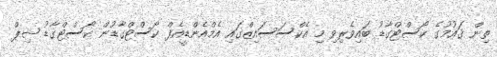
ތިން ޤައުމުގެ ކޯސްޓްގާޑު ބައިވެރިވި މި އެކްސަސައިޒްގައި އެމްއެންޑީއެފް ކޯސްޓްގާޑުން ކޯސްޓްގާޑު ޝިޕް